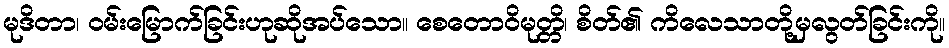
မုဒိတာ၊ ဝမ်းမြောက်ခြင်းဟုဆိုအပ်သော။ စေတောဝိမုတ္တိ၊ စိတ်၏ ကိလေသာတို့မှလွတ်ခြင်းကို။